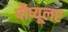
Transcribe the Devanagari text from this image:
पौप्यूलर